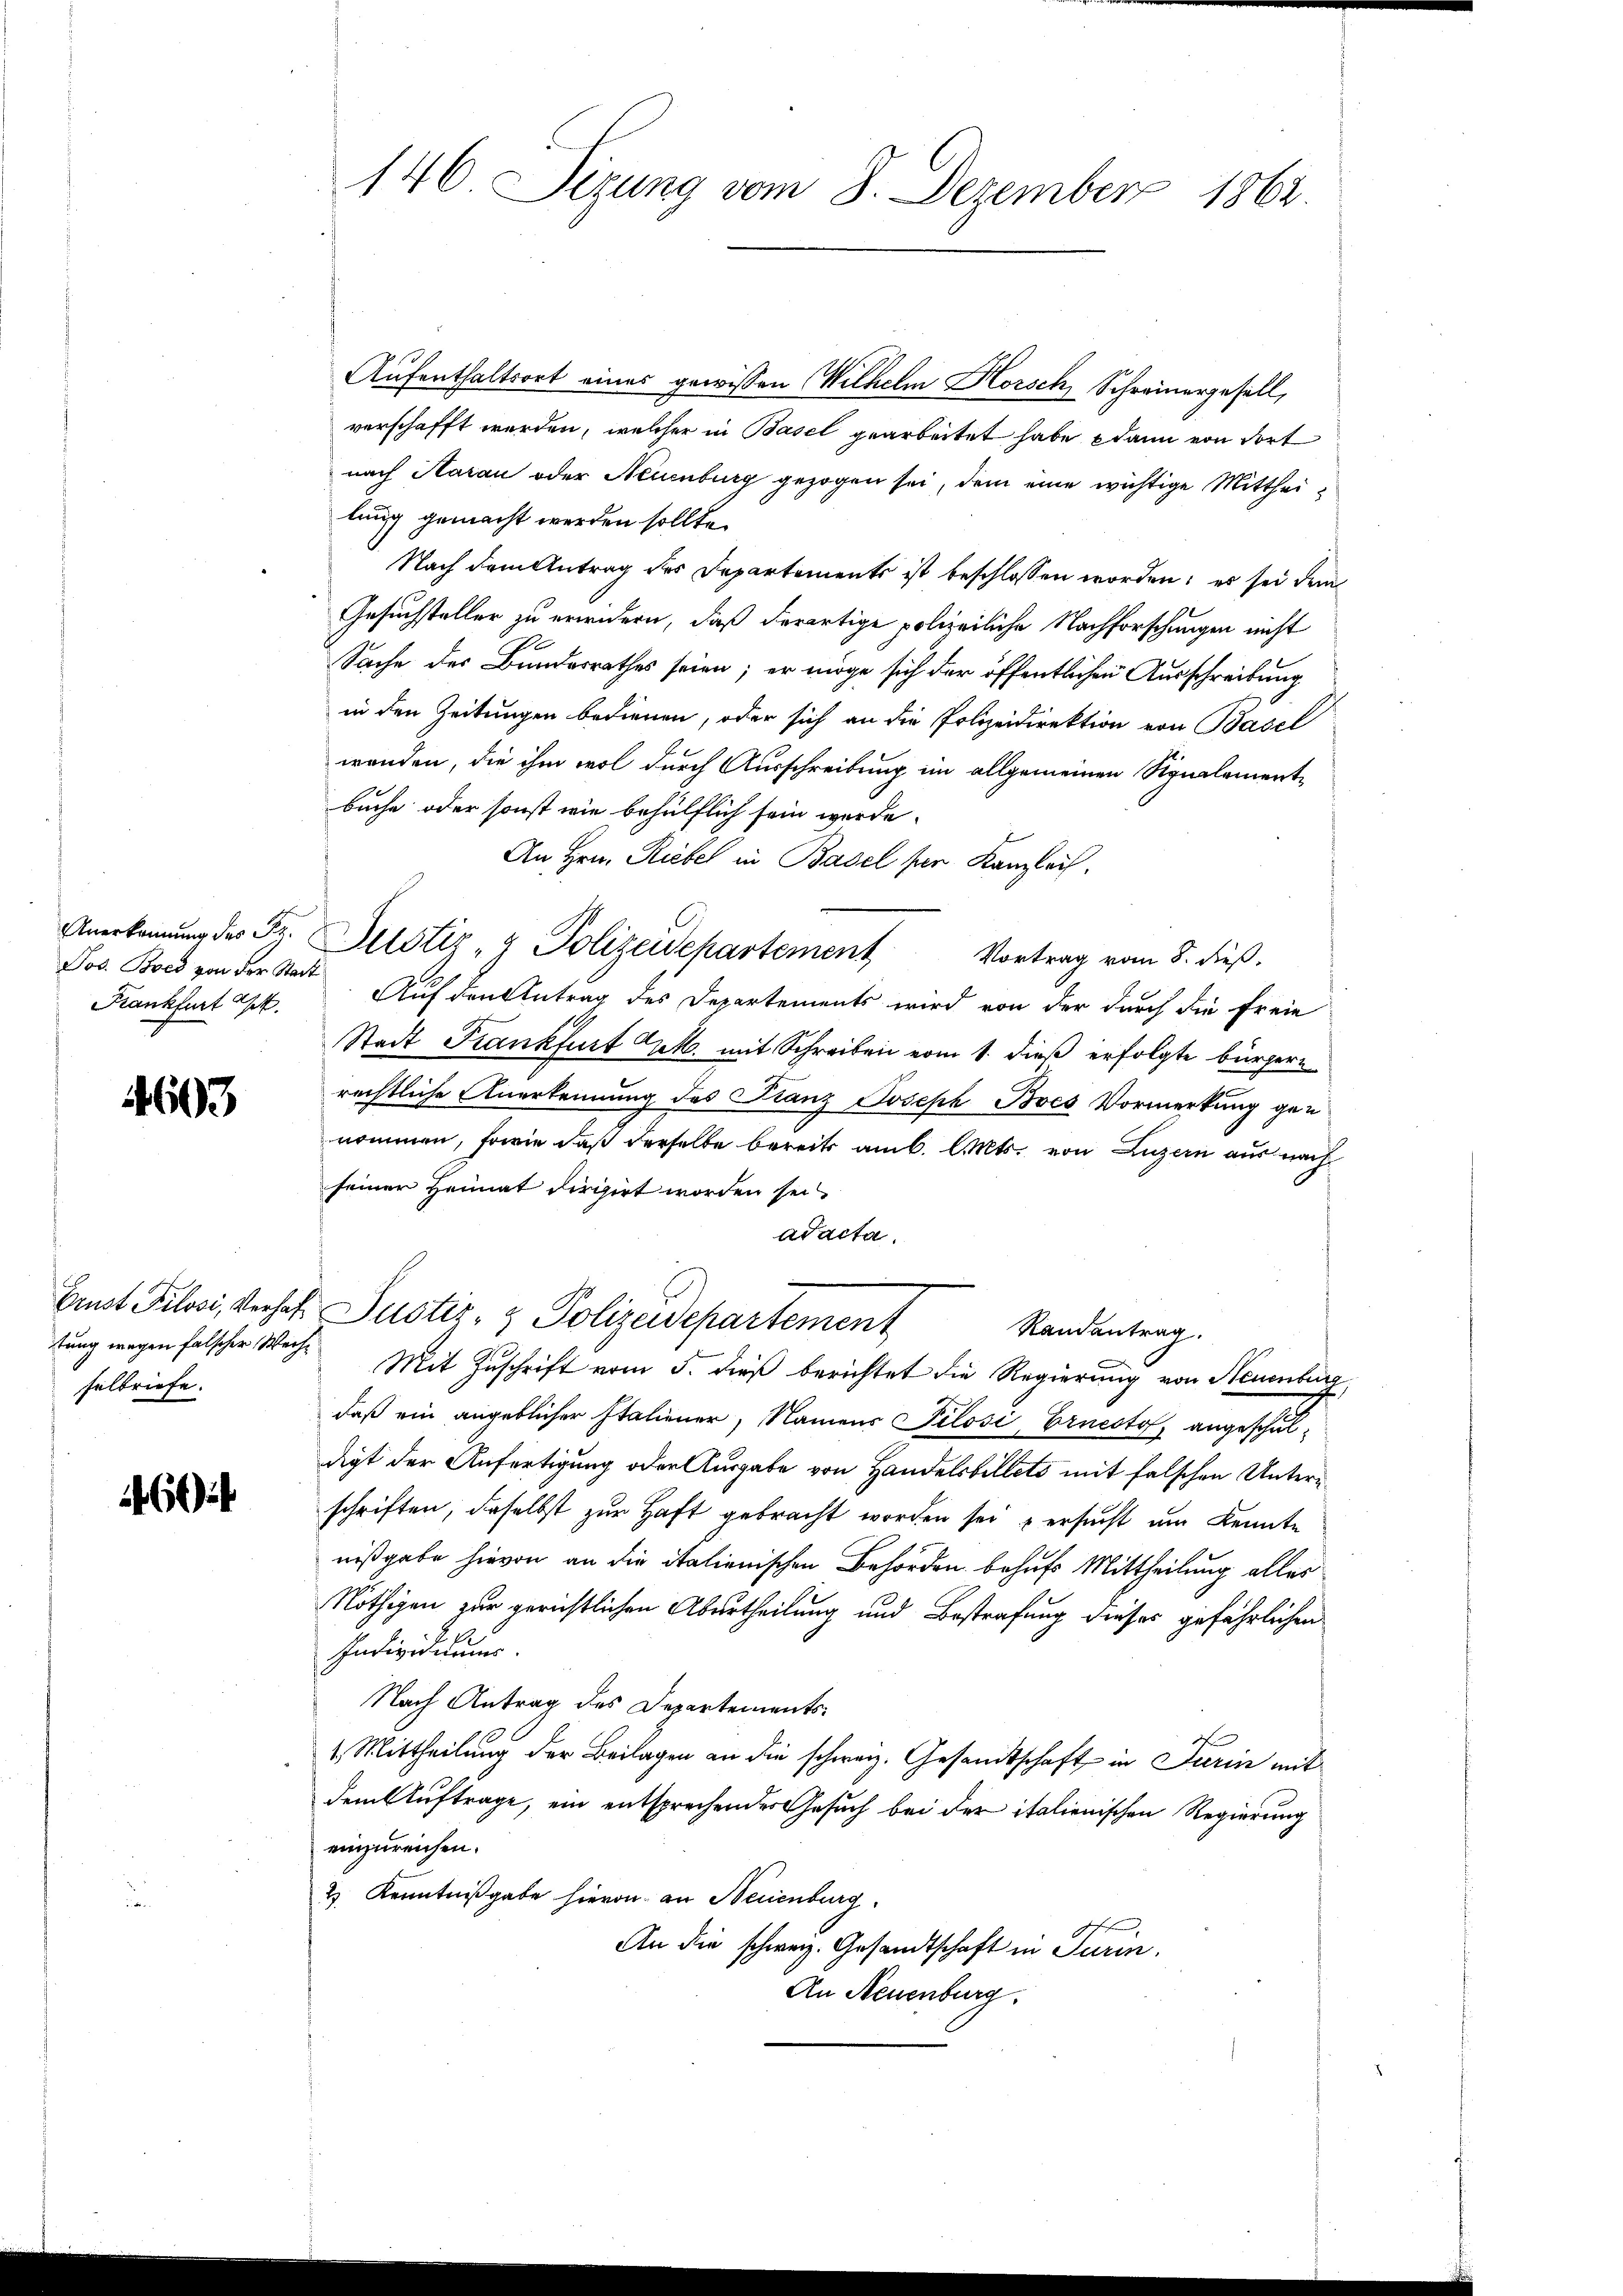
Jos. Bord von der Stadt
Krankfurt St.

603

tung wegen falscher Wechselbriefe.

160

Aufenthaltsort eines gewissen Wilhelm Horsch, Schreinergesell,
verschafft werden, welcher in Basel gearbeitet habe dann von dort
nach Aarau oder Neuenburg gezogen sei, dem eine wichtige Mittheilung gemacht werden sollte.
Nach dem Antrag des Departements ist beschlossen worden; es sei dem
Gesuchsteller zu erwidern, daß derartige polizeiliche Nachforschungen nicht
Sache des Bundesrathes seien; er möge sich der öffentlichen Ausschreibung
in den Zeitungen bedienen, oder sich an die Polizeidirektion von Basel
wanden, die ihm wol durch Ausschreibung im allgemeinen Signalement-
buche oder sonst wie behülflich sein werde.
An Hrn. Riebel in Basel ser Kanzlei.
Anerkennung der Sz. Altstiz & Polizeidepartement Vortrag vom 8. dieß.
Auf den Antrag des Departements wird von der durch die freie
Stadt Krankfurt Urk. mit Schreiben vom 1. dieß erfolgte bürgerrechtliche Anerkennung des Franz Joseph Bves Vormerkung gen
nommen, sowie daß derselbe bereits am 6. Cts. von Luzern aus nach
seiner Heimat dirigirt worden sei,
adacta.
Ernst Pilosi, Verhalf Justiz- & Polizeidepartement
Randantrag.
Mit Zuschrift vom 5. dieß berichtet die Regierung von Neuenburg
daß ein angeblicher Italiener, Namens Piloši, Ernesto angeschuldigt der Anfertigung oder Ausgabe von Handelsbillets mit falschen Untern
schriften, daselbst zur Haft gebracht worden sei u ersucht um Kennte
nißgabe hievon an die italienischen Behörden behufs Mittheilung alles
Nöthigen zur gerichtlichen Abertheilung und Bestrafung dieses gefährlichen
Individiums.
Nach Antrag des Departements¬
1. Mittheilung der Beilagen an die schweiz. Gesandtschaft in Turin mit
dem Auftrage, ein entsprechender Gesuch bei der italienischen Regierung
einzureichen.
2 Kenntnißgabe hievon an Neuenburg.
An die schweiz. Gesandtschaft in Turin.
An Neuenburg.

146 Sizung vom 8. Dezember 1862.